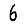
Digit: 6